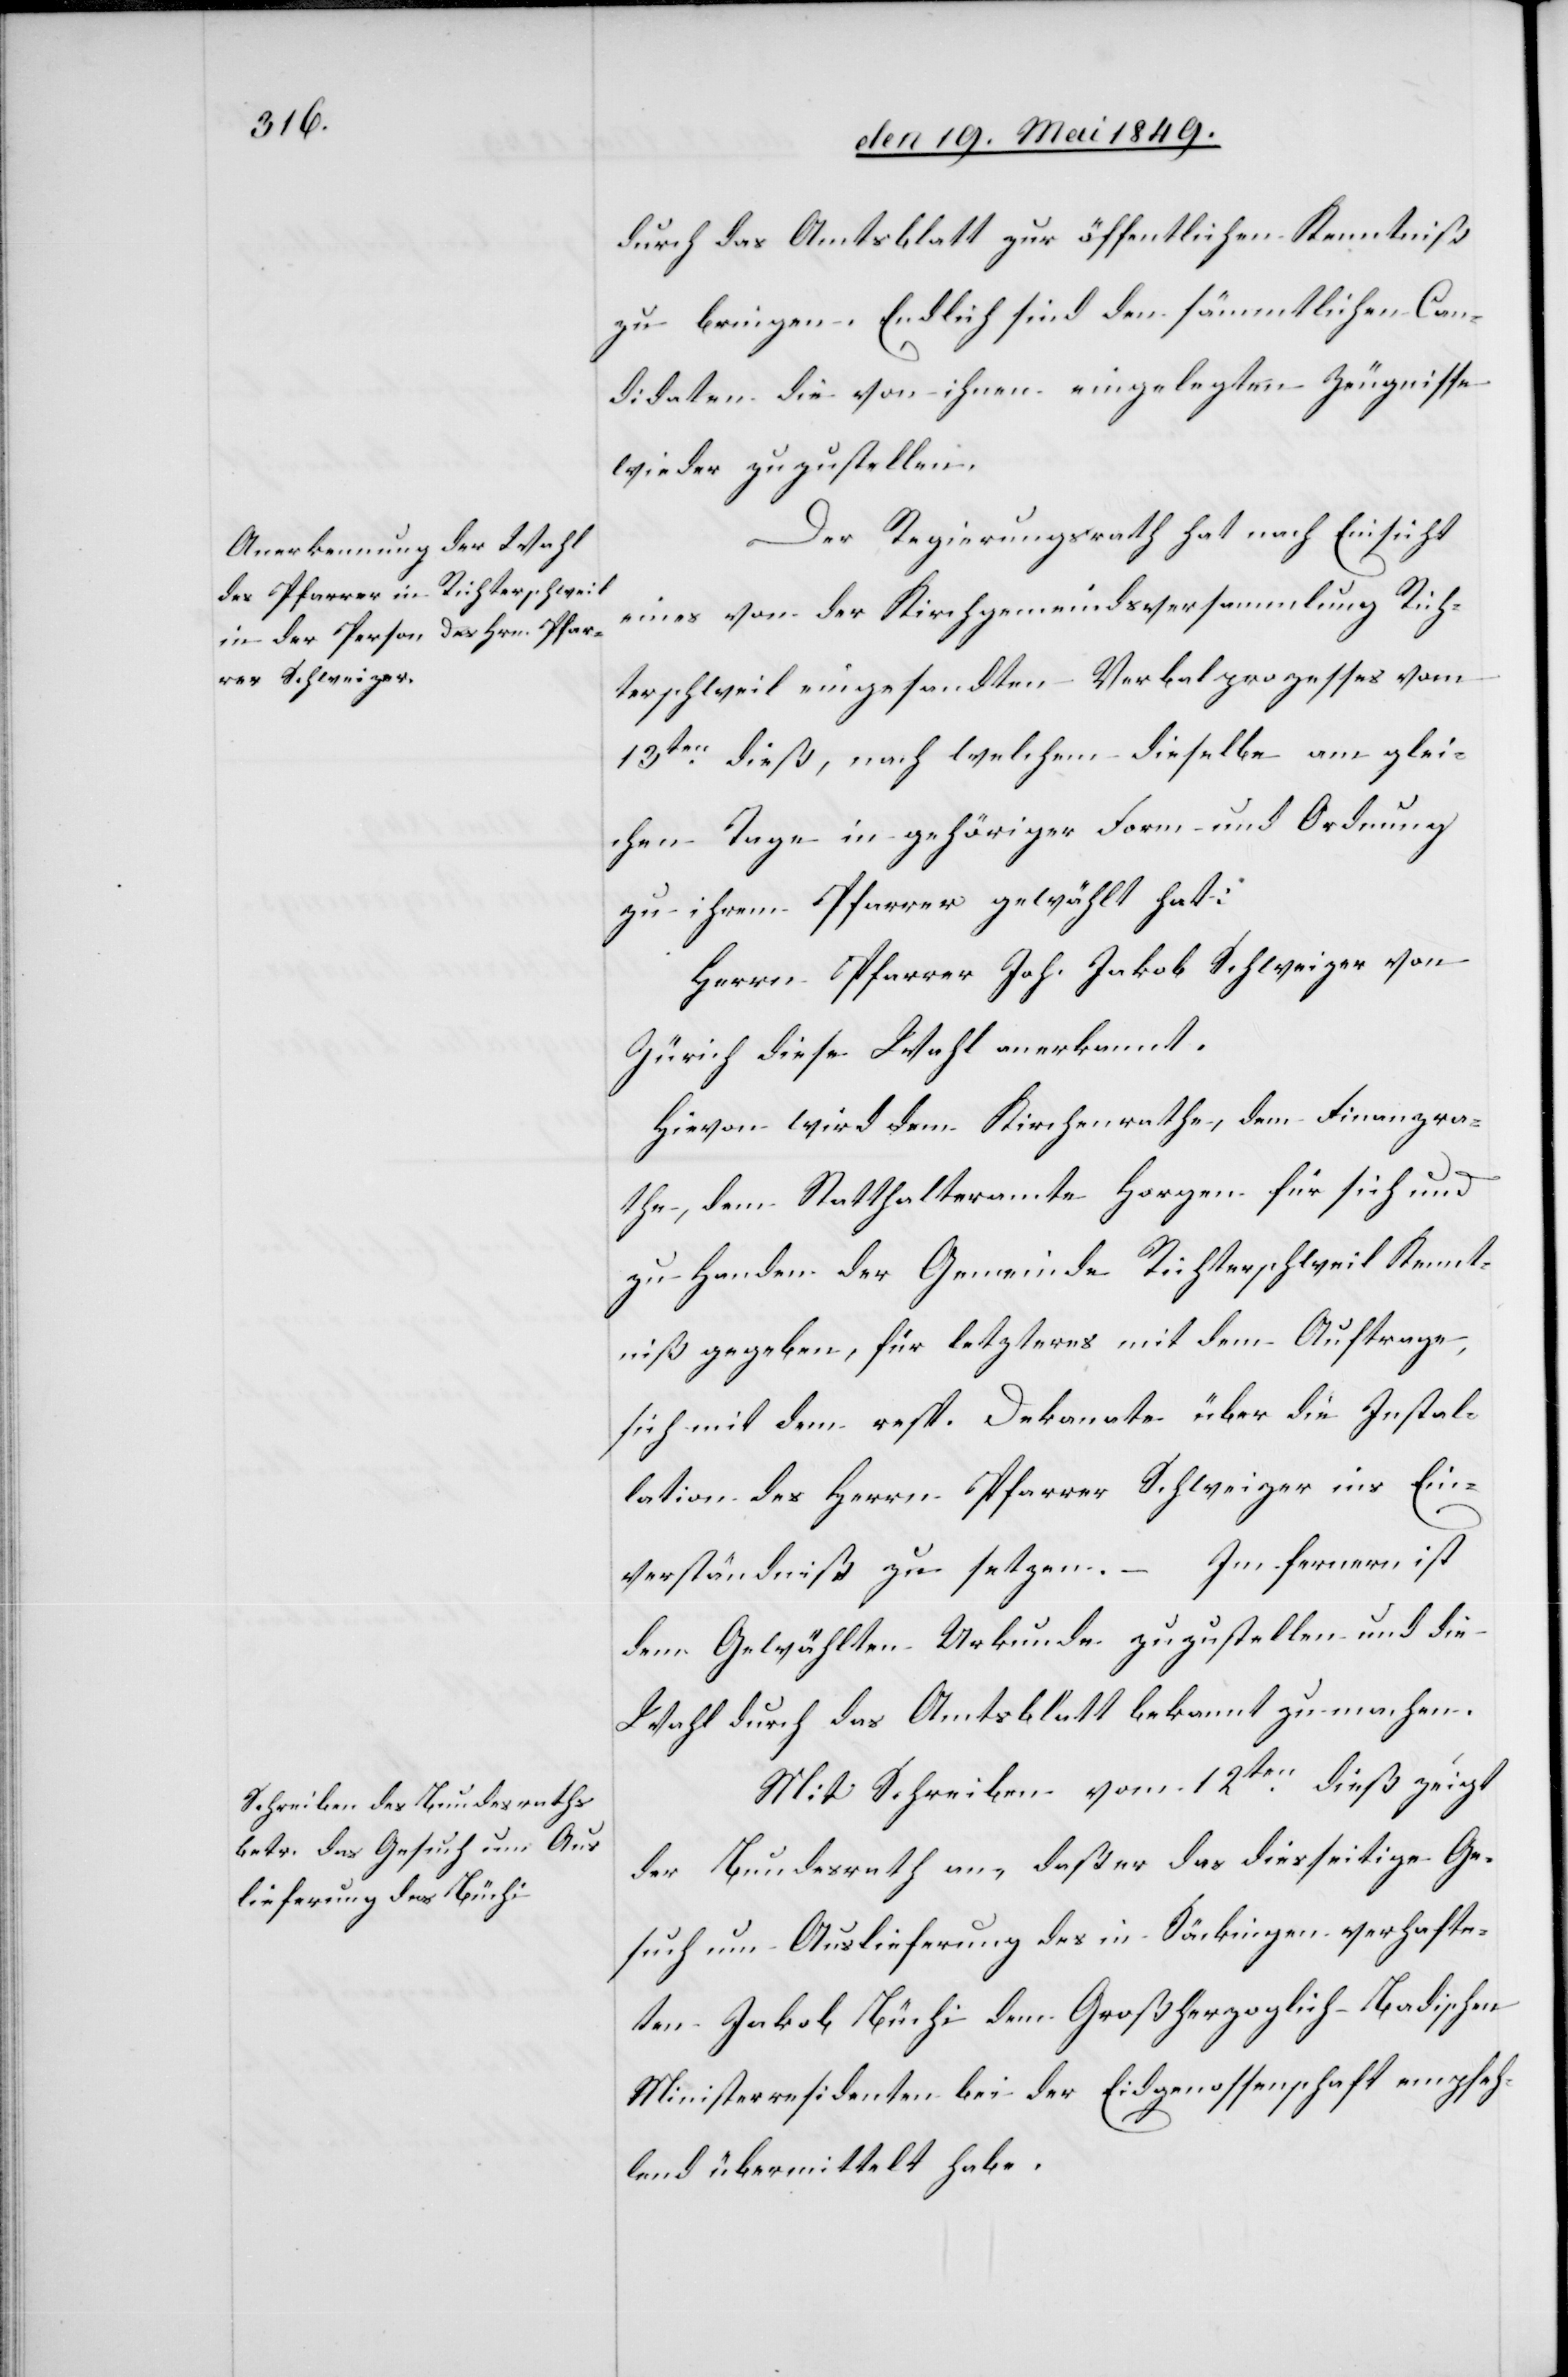
durch das Amtsblatt zur öffentlichen Kenntniß
zu bringen. Endlich sind den sämmtlichen Can¬
didaten die von ihnen eingelegten Zeugnisse
wieder zuzustellen.
Der Regierungsrath hat nach Einsicht
eines von der Kirchgemeindsversammlung Rich¬
terschweil eingesandten Verbalprozesses vom
13ten dieß, nach welchem dieselbe am glei¬
chen Tage in gehöriger Form und Ordnung
zu ihrem Pfarrer gewählt hat:
Herrn Pfarrer Joh. Jakob Schweizer von
Zürich diese Wahl anerkannt.
Hievon wird dem Kirchenrathe, dem Finanzra¬
the, dem Statthalteramte Horgen für sich und
zu Handen der Gemeinde Richterschweil Kennt¬
niß gegeben, für letzteres mit dem Auftrage,
sich mit dem resp. Dekanate über die Instal¬
lation des Herrn Pfarrer Schweizer ins Ein¬
– Im fernern ist
verständniß zu setzen.
dem Gewählten Urkunde zuzustellen und die
Wahl durch das Amtsblatt bekannt zu machen.
Mit Schreiben vom 12ten dieß zeigt
der Bundesrath an, daß er das diesseitige Ge¬
such um Auslieferung des in Säckingen verhafte¬
ten Jakob Büchi dem Großherzoglich-Badischen
Ministerresidenten bei der Eidgenossenschaft empfeh¬
lend übermittelt habe.